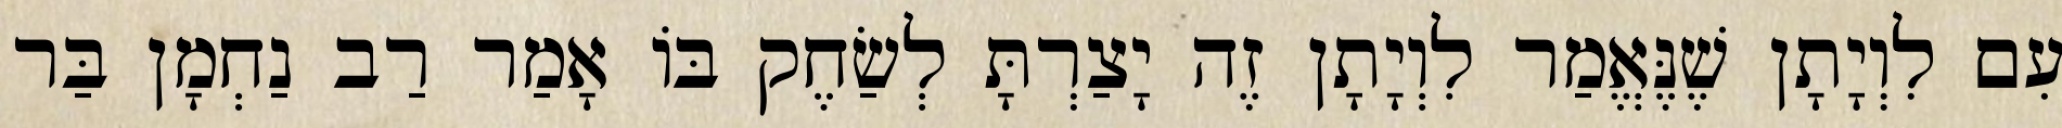
עִם לִוְיָתָן שֶׁנֶּאֱמַר לִוְיָתָן זֶה יָצַרְתָּ לְשַׂחֶק בּוֹ אָמַר רַב נַחְמָן בַּר